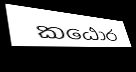
කඨොර